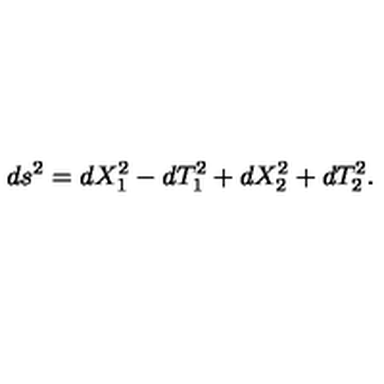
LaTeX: d s ^ { 2 } = d X _ { 1 } ^ { 2 } - d T _ { 1 } ^ { 2 } + d X _ { 2 } ^ { 2 } + d T _ { 2 } ^ { 2 } .